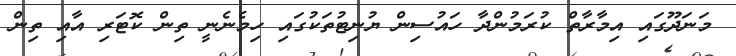
މަނަދޫގައި އިމާރާތް ކުރަމުންދާ ހައުސިން ޔުނިޓުތަކުގައި ހިމެނެނީ ތިން ކޮޓަރި އާއި ތިން